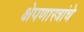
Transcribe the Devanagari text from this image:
क्षेपणास्त्रांचे